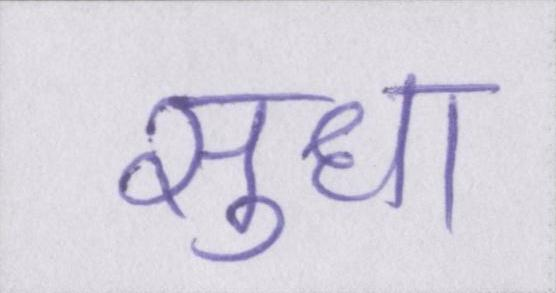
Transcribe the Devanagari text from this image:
सुधा